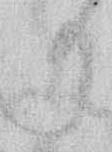
り